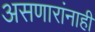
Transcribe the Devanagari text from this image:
असणारांनाही